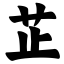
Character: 芷